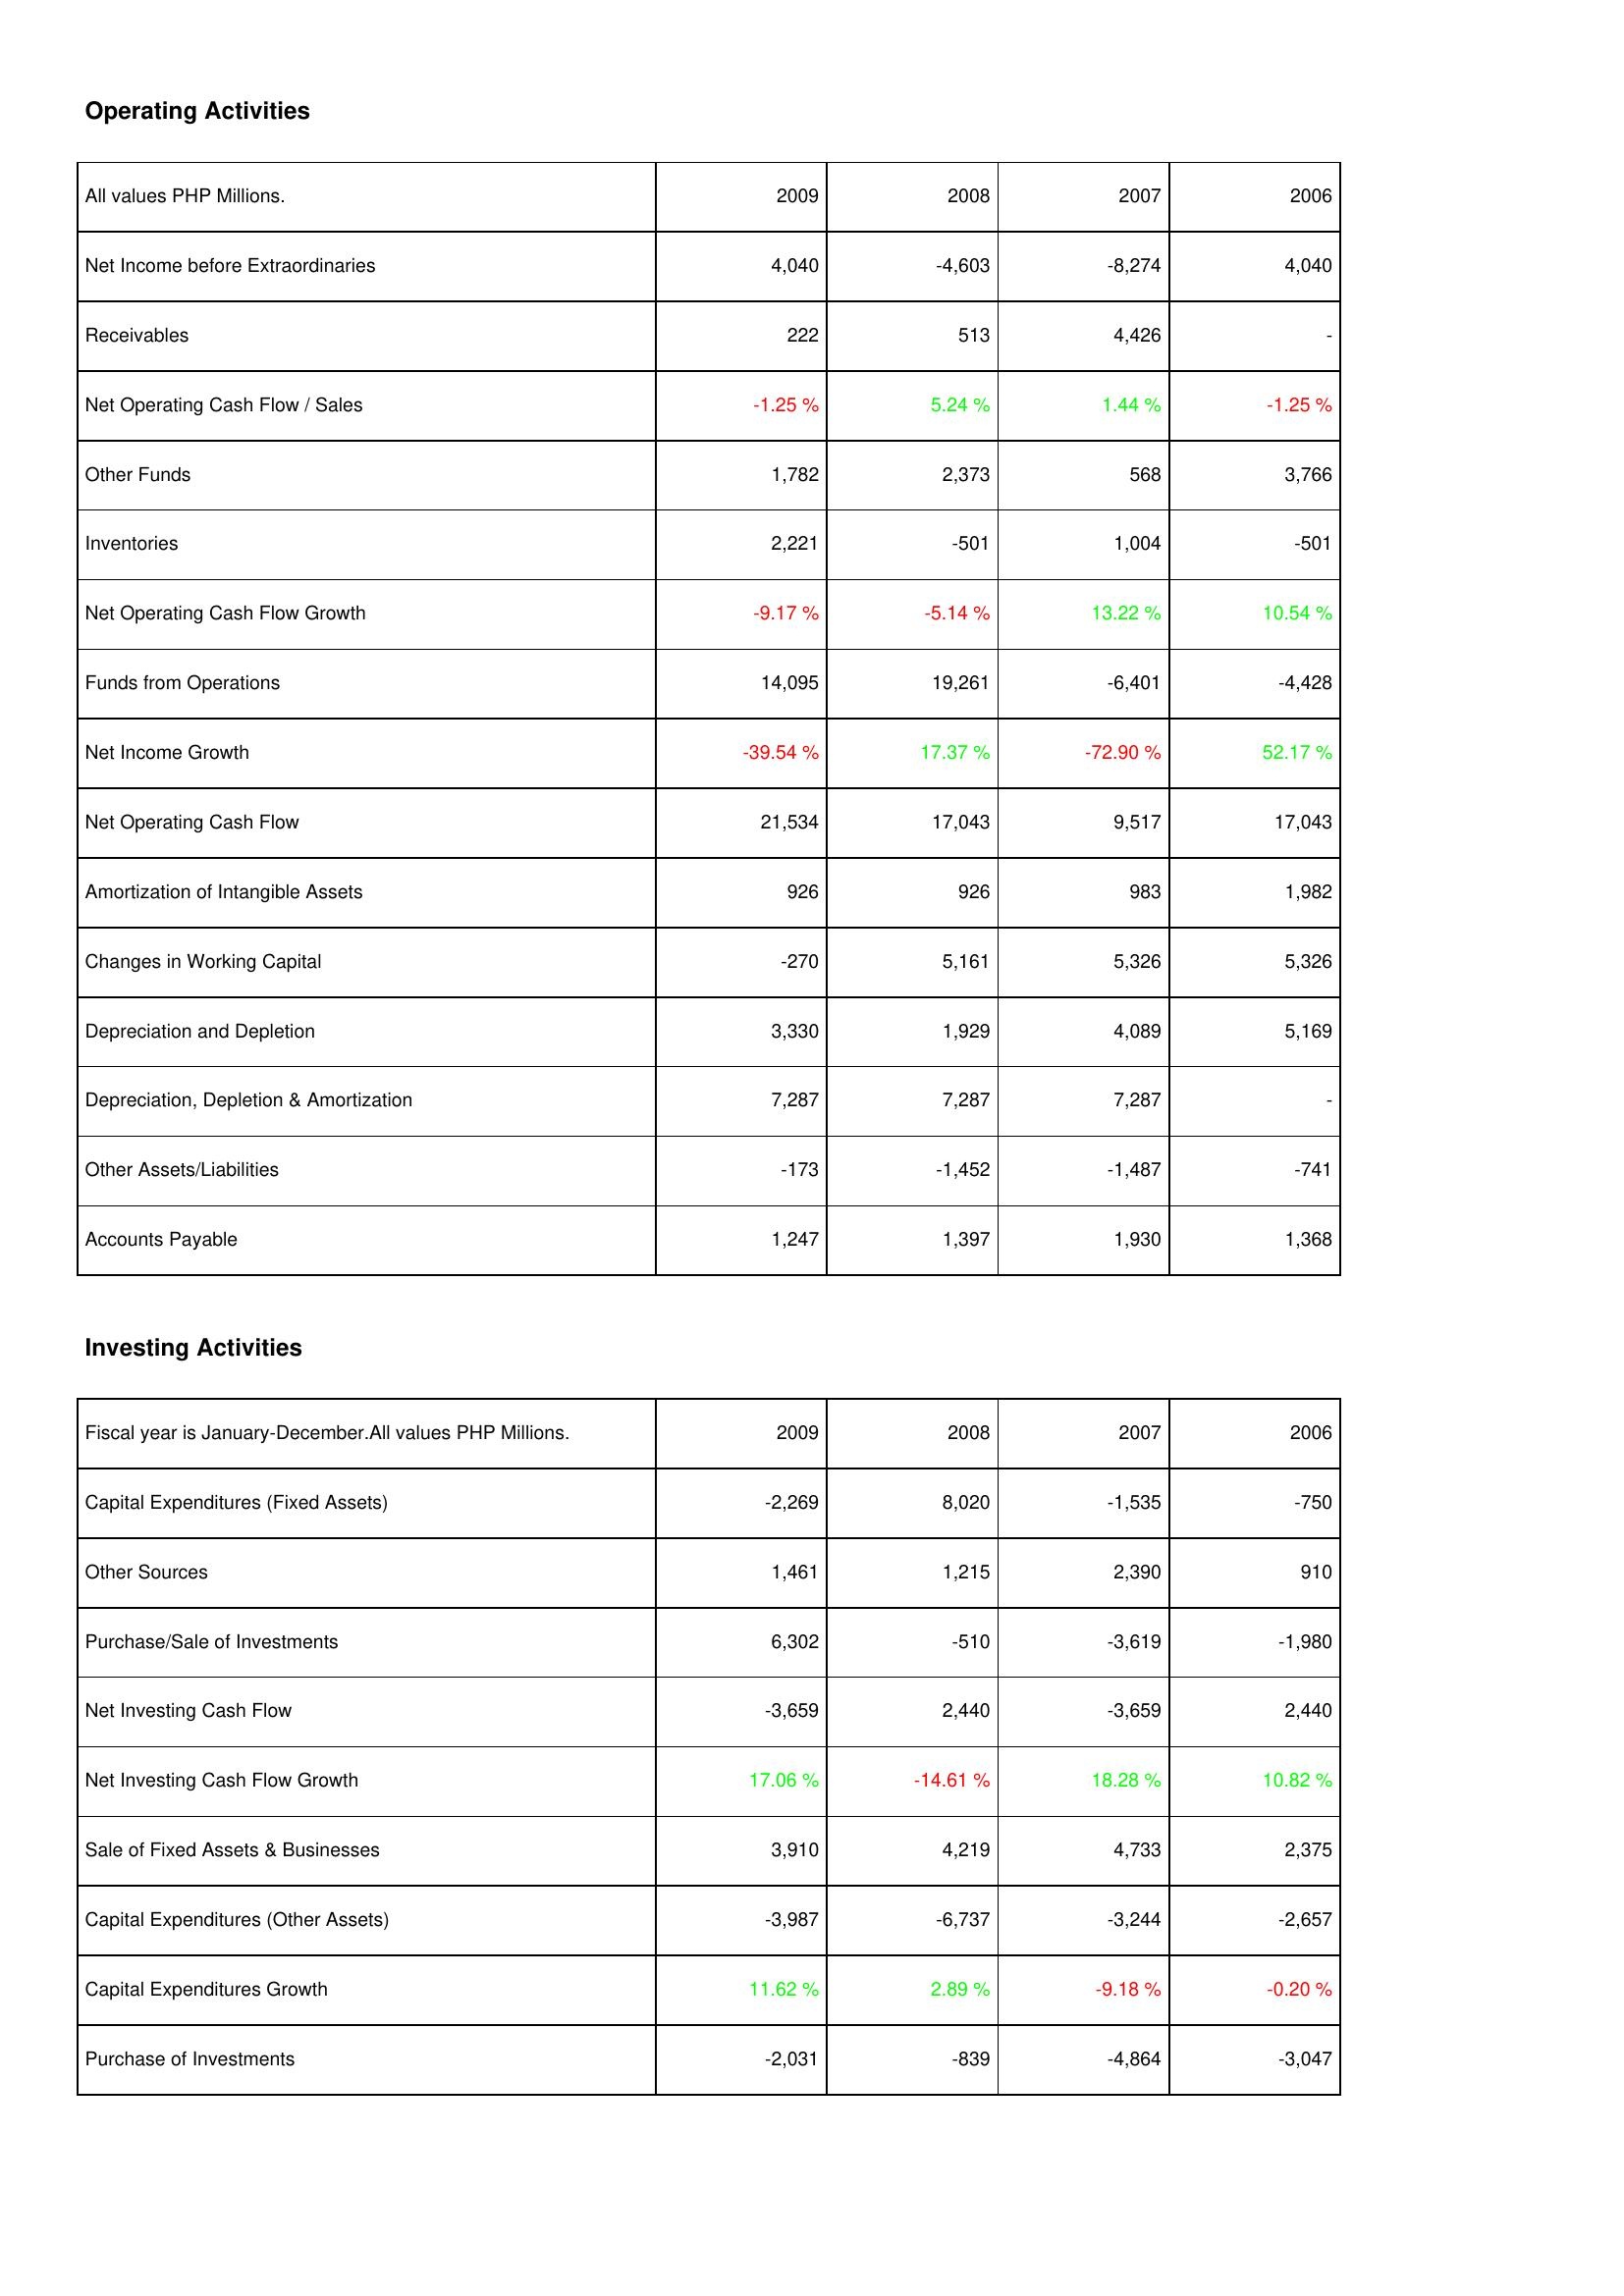
2009: Operating Activities: Net Income before Extraordinaries: 4,040
Receivables: 222
Net Operating Cash Flow / Sales: -1.25 %
Other Funds: 1,782
Inventories: 2,221
Net Operating Cash Flow Growth: -9.17 %
Funds from Operations: 14,095
Net Income Growth: -39.54 %
Net Operating Cash Flow: 21,534
Amortization of Intangible Assets: 926
Changes in Working Capital: -270
Depreciation and Depletion: 3,330
Depreciation, Depletion & Amortization: 7,287
Other Assets/Liabilities: -173
Accounts Payable: 1,247
Investing Activities: Capital Expenditures (Fixed Assets): -2,269
Other Sources: 1,461
Purchase/Sale of Investments: 6,302
Net Investing Cash Flow: -3,659
Net Investing Cash Flow Growth: 17.06 %
Sale of Fixed Assets & Businesses: 3,910
Capital Expenditures (Other Assets): -3,987
Capital Expenditures Growth: 11.62 %
Purchase of Investments: -2,031
2008: Operating Activities: Net Income before Extraordinaries: -4,603
Receivables: 513
Net Operating Cash Flow / Sales: 5.24 %
Other Funds: 2,373
Inventories: -501
Net Operating Cash Flow Growth: -5.14 %
Funds from Operations: 19,261
Net Income Growth: 17.37 %
Net Operating Cash Flow: 17,043
Amortization of Intangible Assets: 926
Changes in Working Capital: 5,161
Depreciation and Depletion: 1,929
Depreciation, Depletion & Amortization: 7,287
Other Assets/Liabilities: -1,452
Accounts Payable: 1,397
Investing Activities: Capital Expenditures (Fixed Assets): 8,020
Other Sources: 1,215
Purchase/Sale of Investments: -510
Net Investing Cash Flow: 2,440
Net Investing Cash Flow Growth: -14.61 %
Sale of Fixed Assets & Businesses: 4,219
Capital Expenditures (Other Assets): -6,737
Capital Expenditures Growth: 2.89 %
Purchase of Investments: -839
2007: Operating Activities: Net Income before Extraordinaries: -8,274
Receivables: 4,426
Net Operating Cash Flow / Sales: 1.44 %
Other Funds: 568
Inventories: 1,004
Net Operating Cash Flow Growth: 13.22 %
Funds from Operations: -6,401
Net Income Growth: -72.90 %
Net Operating Cash Flow: 9,517
Amortization of Intangible Assets: 983
Changes in Working Capital: 5,326
Depreciation and Depletion: 4,089
Depreciation, Depletion & Amortization: 7,287
Other Assets/Liabilities: -1,487
Accounts Payable: 1,930
Investing Activities: Capital Expenditures (Fixed Assets): -1,535
Other Sources: 2,390
Purchase/Sale of Investments: -3,619
Net Investing Cash Flow: -3,659
Net Investing Cash Flow Growth: 18.28 %
Sale of Fixed Assets & Businesses: 4,733
Capital Expenditures (Other Assets): -3,244
Capital Expenditures Growth: -9.18 %
Purchase of Investments: -4,864
2006: Operating Activities: Net Income before Extraordinaries: 4,040
Receivables: -
Net Operating Cash Flow / Sales: -1.25 %
Other Funds: 3,766
Inventories: -501
Net Operating Cash Flow Growth: 10.54 %
Funds from Operations: -4,428
Net Income Growth: 52.17 %
Net Operating Cash Flow: 17,043
Amortization of Intangible Assets: 1,982
Changes in Working Capital: 5,326
Depreciation and Depletion: 5,169
Depreciation, Depletion & Amortization: -
Other Assets/Liabilities: -741
Accounts Payable: 1,368
Investing Activities: Capital Expenditures (Fixed Assets): -750
Other Sources: 910
Purchase/Sale of Investments: -1,980
Net Investing Cash Flow: 2,440
Net Investing Cash Flow Growth: 10.82 %
Sale of Fixed Assets & Businesses: 2,375
Capital Expenditures (Other Assets): -2,657
Capital Expenditures Growth: -0.20 %
Purchase of Investments: -3,047